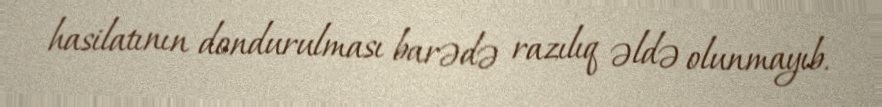
hasilatının dondurulması barədə razılıq əldə olunmayıb.